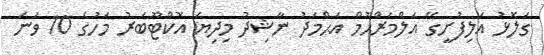
ގަލޮޅު އަލިފުށީގޭ އަލްމަރްޙޫމް އަޙްމަދު ނާޝިދު މިދިޔަ އޮކްޓޫބަރު މަހުގެ 10 ވަނަ